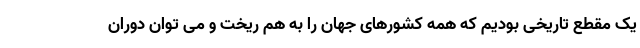
یک مقطع تاریخی بودیم که همه کشورهای جهان را به هم ریخت و می توان دوران